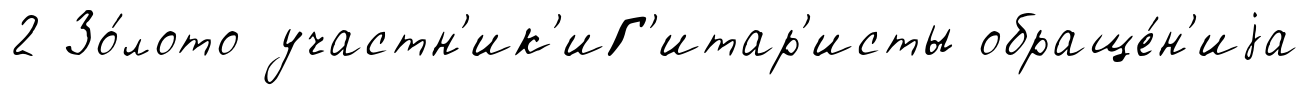
2 Зо́лото участн'ик'иГ'итар'исты обраще́н'иjа